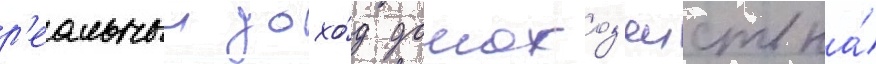
р'еальныи дохо́д домохоз'яиств на́